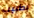
بطبيب